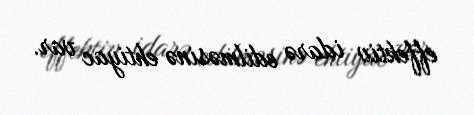
effektiv idarə edilməsinə ehtiyac var.